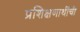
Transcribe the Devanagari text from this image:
प्रशिक्षणाथींची